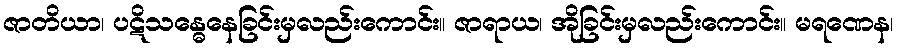
ဇာတိယာ၊ ပဋိသန္ဓေနေခြင်းမှလည်းကောင်း။ ဇာရာယ၊ အိုခြင်းမှလည်းကောင်း။ မရဏေန၊